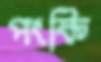
পংকি